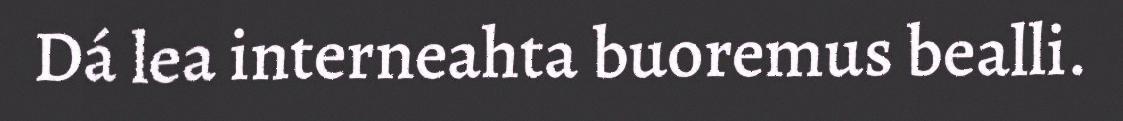
Dá lea interneahta buoremus bealli.